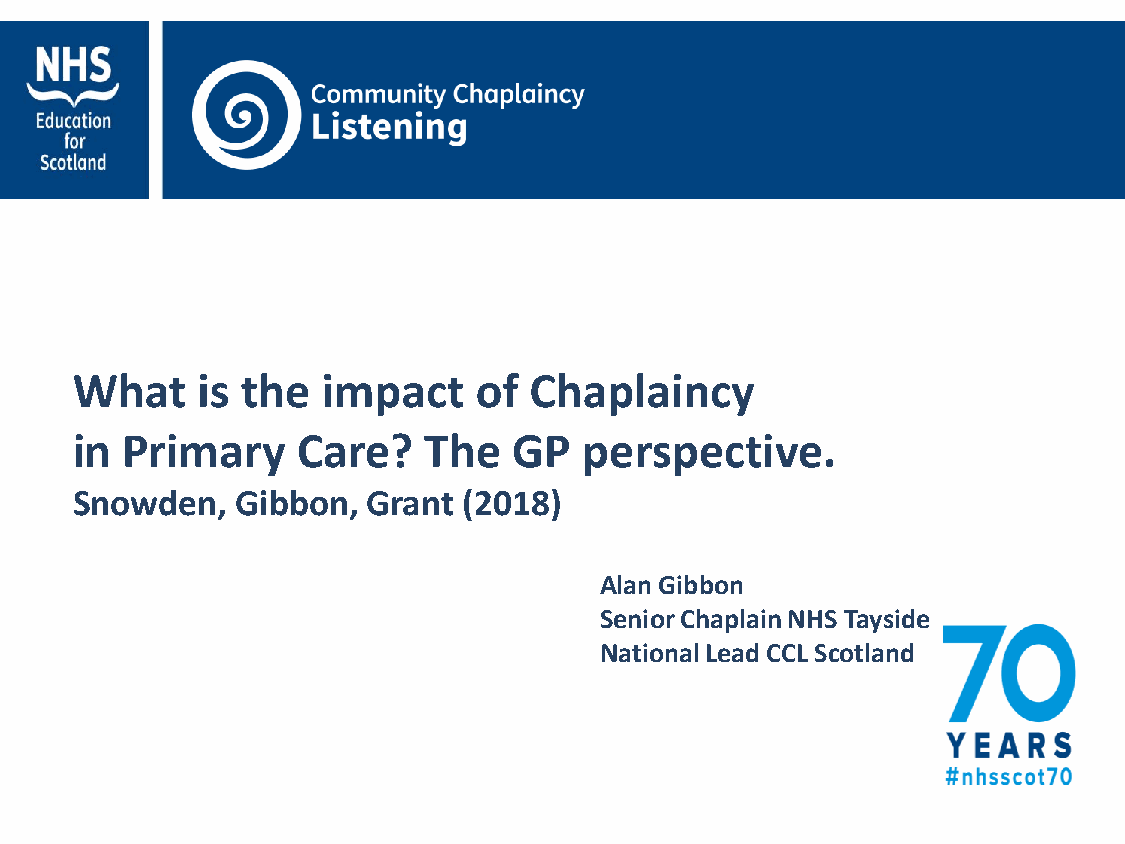
What    is the  impact    of  Chaplaincy
 in Primary     Care?   The   GP   perspective.
 Snowden,   Gibbon, Grant  (2018)
 Alan Gibbon
 Senior Chaplain NHS Tayside
 National Lead CCL Scotland